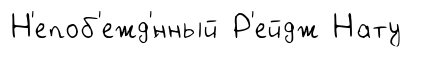
Н'епоб'ежд'́нный Р'ейдж Нату